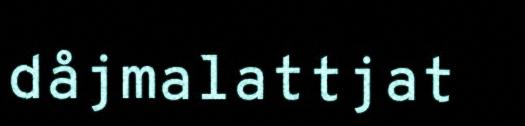
dåjmalattjat